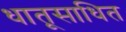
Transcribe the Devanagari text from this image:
धातूसाधित